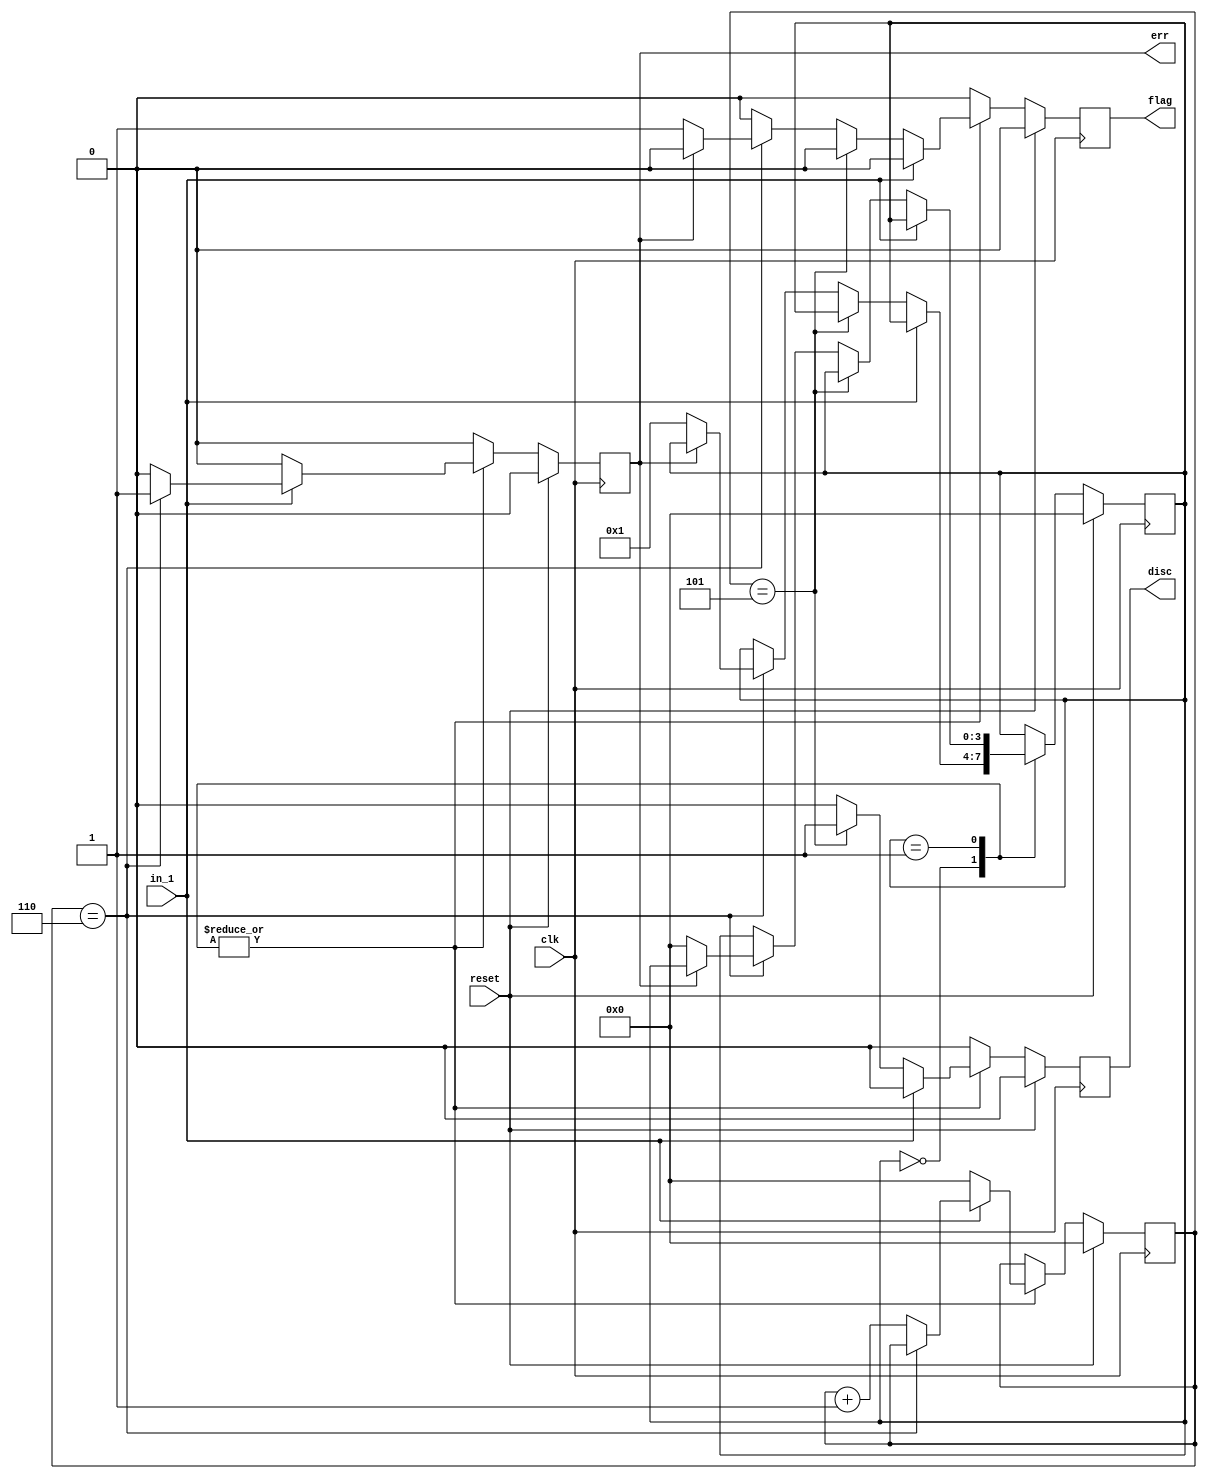
/*
 * Created on Wed Jul 27 2022
 *
 * Copyright (c) 2022 IOA UCAS
 *
 * @Filename:	 fsm_hdlc.v
 * @Author:		 Jiawei Lin
 * @Last edit:	 16:21:15
 */

/*
 * High-Level Data Link Control, HDLC. 
 */

module top_module#(
	parameter DUMMY = 0
) (
    input clk,
    input reset,    // Synchronous reset
    input in_1,
    output disc,
    output flag,
    output err);
    assign in = in_1;
    localparam ST_IDLE = 4'h0,
    			ST_BEG = 4'h1,
    			ST_END = 4'h2,
    			ST_ERR = 4'h3;
    localparam CNT_WIDTH = 4;
    reg [3:0] state_reg = ST_IDLE, state_next;
    reg [3:0] count_reg = 4'h0, count_next;
    reg flag_reg = 1'b0, flag_next;
    reg error_reg = 1'b0, error_next;
    reg discd_reg = 1'b0, discd_next;
    always @(*) begin
        state_next = state_reg;
        count_next = count_reg;
        flag_next = 1'b0;
        error_next = 1'b0;
        discd_next = 1'b0;
        case(state_reg)
            ST_IDLE: begin
                if (in) begin	/* Counter-Input: 0-0, 1-1, 2-1, 3-1, 4-1, 5-1, 6-1, 7-0 */
                    if (count_reg == 4'h6) begin
                        error_next = 1'b1;
                    end else begin	/* Input 1 on initial state */
                        count_next = count_reg + 4'h1;
                    end
                end else begin /* Counter begin with 1 */
                    count_next = 4'h0;
                    if (count_reg == 4'h5) begin
                        discd_next = 1'b1;
                    end else if (count_reg == 4'h6) begin
                        if (error_reg) begin
                            error_next = 1'b0;	/* Dummy */
                        end else begin
                            state_next = ST_BEG;
                            flag_next = 1'b1;
                        end
                    end                  
                end
            end
            ST_BEG: begin
                if (in) begin	/* Counter-Input: 0-0, 1-1, 2-1, 3-1, 4-1, 5-1, 6-0/1, 7-X/0 */
                    if (count_reg == 4'h6) begin
                        error_next = 1'b1;
                        // state_next = ST_IDLE;
                    end else begin
                    	count_next = count_reg + 4'h1;
                    end
                end else begin
                    count_next = 4'h0;
                    if (count_reg == 4'h5) begin
                        discd_next = 1'b1;
                    end else if (count_reg == 4'h6) begin
                        if (error_reg) begin
                            error_next = 1'b0;	/* Dummy */
                        end else begin
                            state_next = ST_IDLE;
                            flag_next = 1'b1;
                        end
                    end
                end
            end
        endcase
    end
    
    always @(posedge clk) begin
        if (reset) begin
            state_reg <= ST_IDLE;
            count_reg <= 4'h0;
            error_reg <= 1'b0;
            discd_reg <= 1'b0;
            flag_reg <= 1'b0;
        end else begin
        	state_reg <= state_next;
            count_reg <= count_next;
            error_reg <= error_next;
            discd_reg <= discd_next;
            flag_reg <= flag_next;
        end
    end
	assign disc = discd_reg;
	assign flag = flag_reg;
	assign err = error_reg;
endmodule